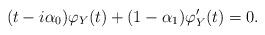
LaTeX: \begin{align*} (t-i\alpha_0)\varphi_Y(t) + (1-\alpha_1)\varphi_Y'(t) = 0.\end{align*}